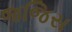
જજિસ